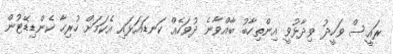
ރައީސް ވަހީދު ވިދާޅުވީ އިންތިހާބު ބާއްވާނެ ދުވަހެއް ކަނޑައަޅައި އެކަމަށް ހުރިހާ ކެންޑިޑޭޓުން